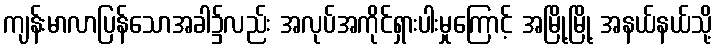
ကျန်းမာလာပြန်သောအခါ၌လည်း အလုပ်အကိုင်ရှားပါးမှုကြောင့် အမြို့မြို့ အနယ်နယ်သို့